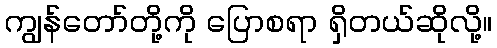
ကျွန်တော်တို့ကို ပြောစရာ ရှိတယ်ဆိုလို့။